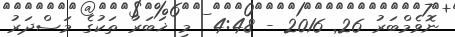
ނޮވެމްބަރު 26